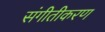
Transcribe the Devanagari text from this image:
संगीतीकरण